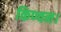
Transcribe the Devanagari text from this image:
किण्वन।